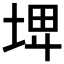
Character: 𡌨